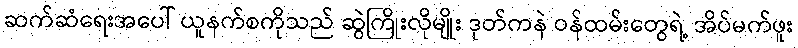
ဆက်ဆံရေးအပေါ် ယူနက်စကိုသည် ဆွဲကြိုးလိုမျိုး ဒုတ်ကနဲ ဝန်ထမ်းတွေရဲ့ အိပ်မက်ဖူး